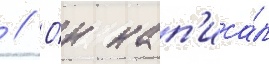
 // О́н нап'иса́л